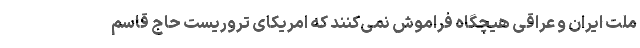
ملت ایران و عراقی هیچگاه فراموش نمی‌کنند که امریکای تروریست حاج قاسم